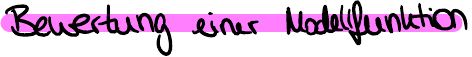
Bewertung einer Modellfunktion